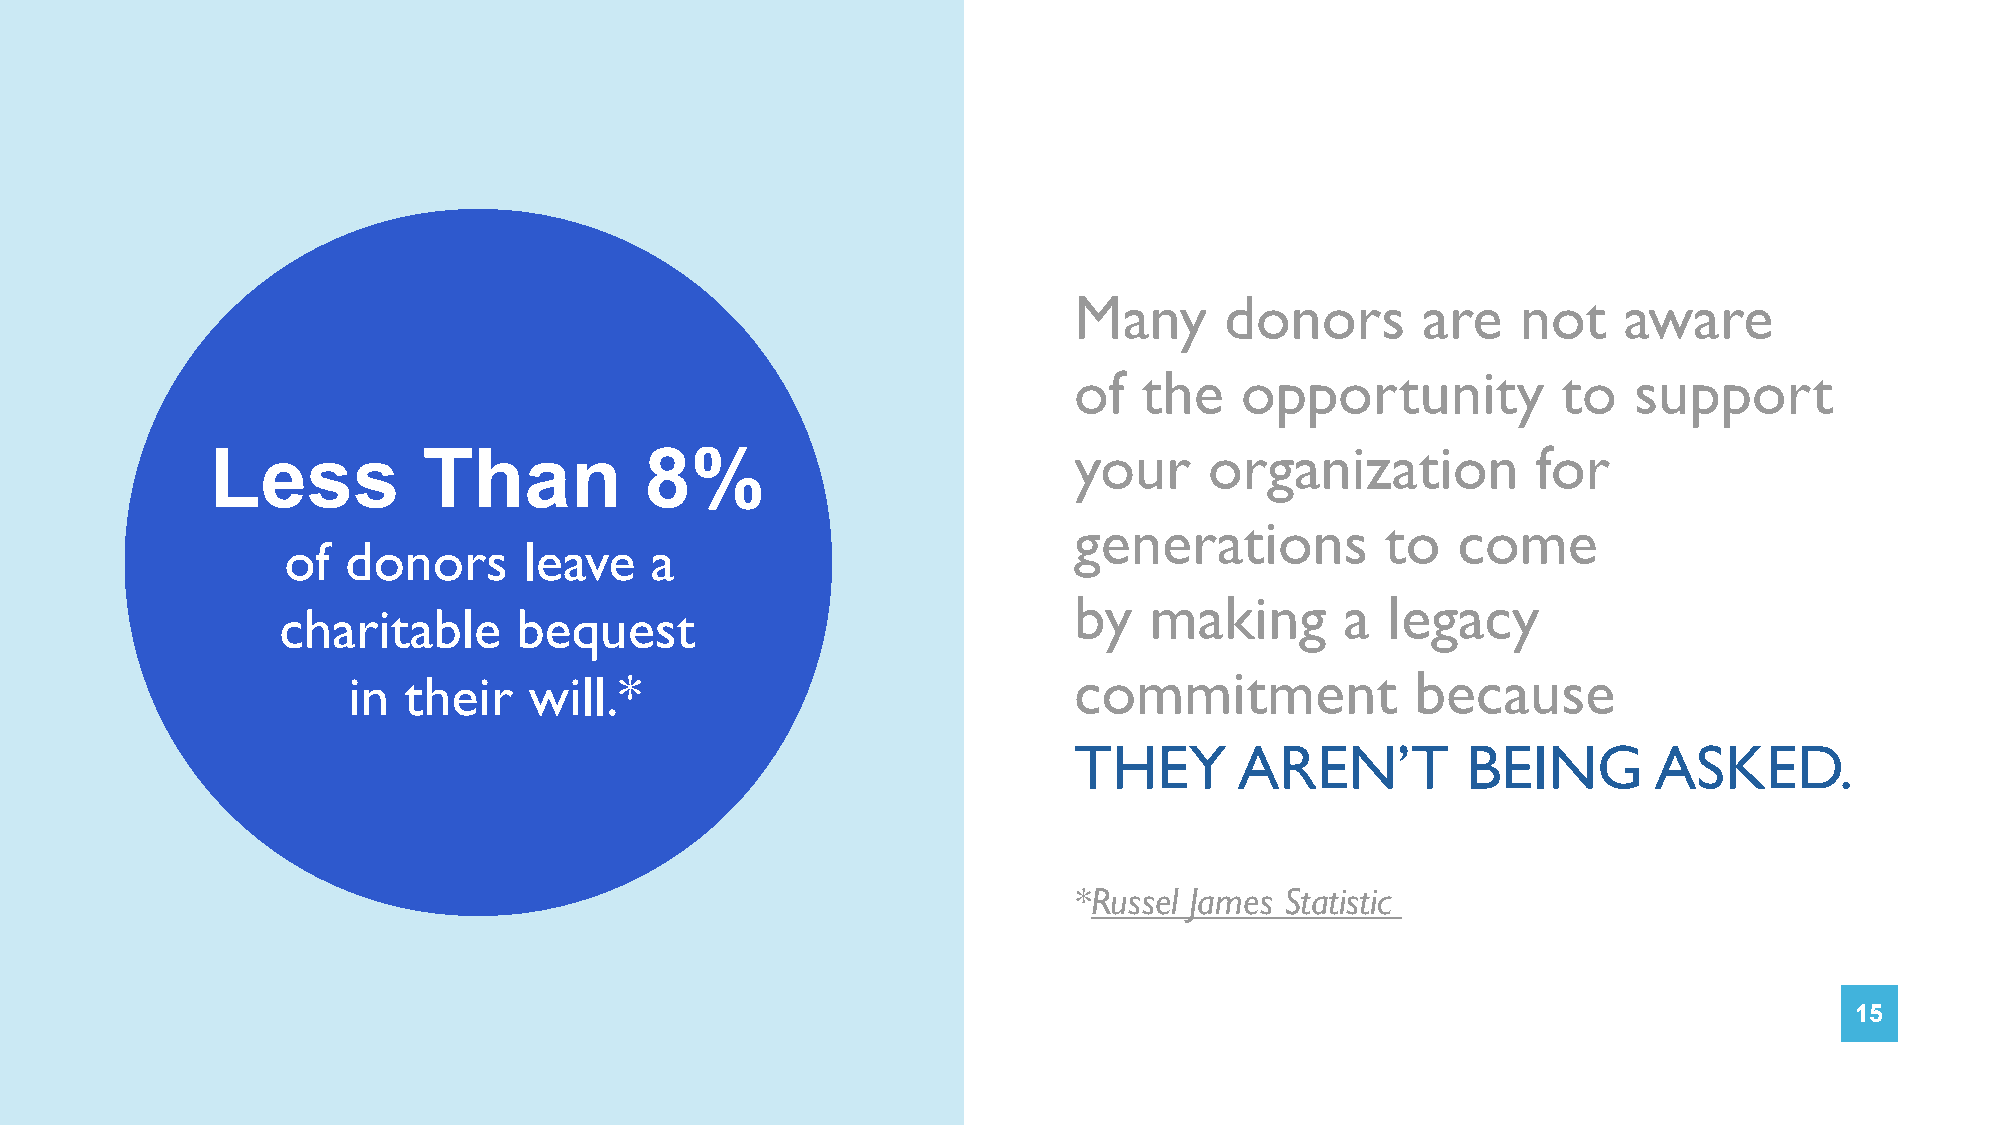
Many      donors       are    not   aware
 of   the   opportunity          to   support
 your     organization          for
 Less          Than           8%
 generations          to  come
 of  donors      leave   a
 by   making       a  legacy
 charitable      bequest
 commitment             because
 in  their   will.*
 THEY       AREN’T         BEING       ASKED.
 *Russel James Statistic
 15